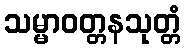
သမ္မာဝတ္တနသုတ္တံ